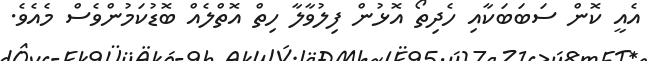
އެއީ ކޮން ސަބަބަކާއި ހެދިތޯ އޮޅުން ފިލުވާލާ ހިތް އޮތްލެއް ބޮޑުކަމުންވެސް މެއެވެ.